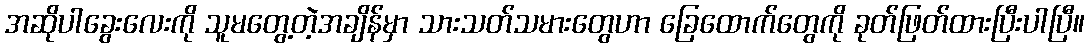
အဆိုပါခွေးလေးကို သူမတွေ့တဲ့အချိန်မှာ သားသတ်သမားတွေဟာ ခြေထောက်တွေကို ခုတ်ဖြတ်ထားပြီးပါပြီ။